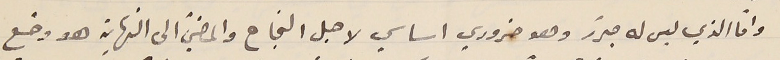
وامّا الذي ليس له مبرّر وهو ضروري اساسي لاجل النجاح والمضيّ الى النهاية هو وضع